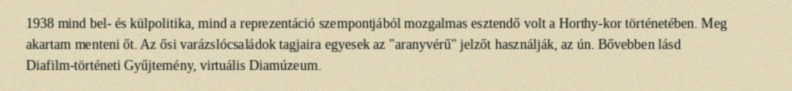
1938 mind bel- és külpolitika, mind a reprezentáció szempontjából mozgalmas esztendő volt a Horthy-kor történetében. Meg akartam menteni őt. Az ősi varázslócsaládok tagjaira egyesek az "aranyvérű" jelzőt használják, az ún. Bővebben lásd Diafilm-történeti Gyűjtemény, virtuális Diamúzeum.